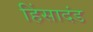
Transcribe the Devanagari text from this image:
हिंसादंड